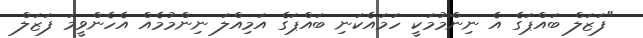
"ފަޒަލް ބައްޕަގެ އެ ނިންމުމަކީ ހަމައެކަނި ބައްޕަގެ އަމިއްލަ ނިންމުމެއް އެހެންވީމަ ފަޒަލް